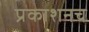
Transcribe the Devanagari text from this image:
प्रकाशनच